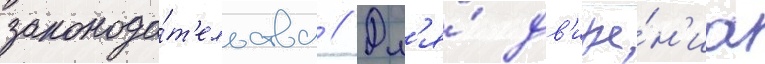
законода́т'ельства // Дл'я́ дв'иже́н'иа